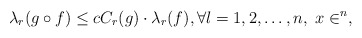
\begin{align*}\lambda_r(g \circ f) \leq cC_r(g) \cdot \lambda_r(f), \forall l=1,2,\dots,n, ~ x \in \real^n,\end{align*}